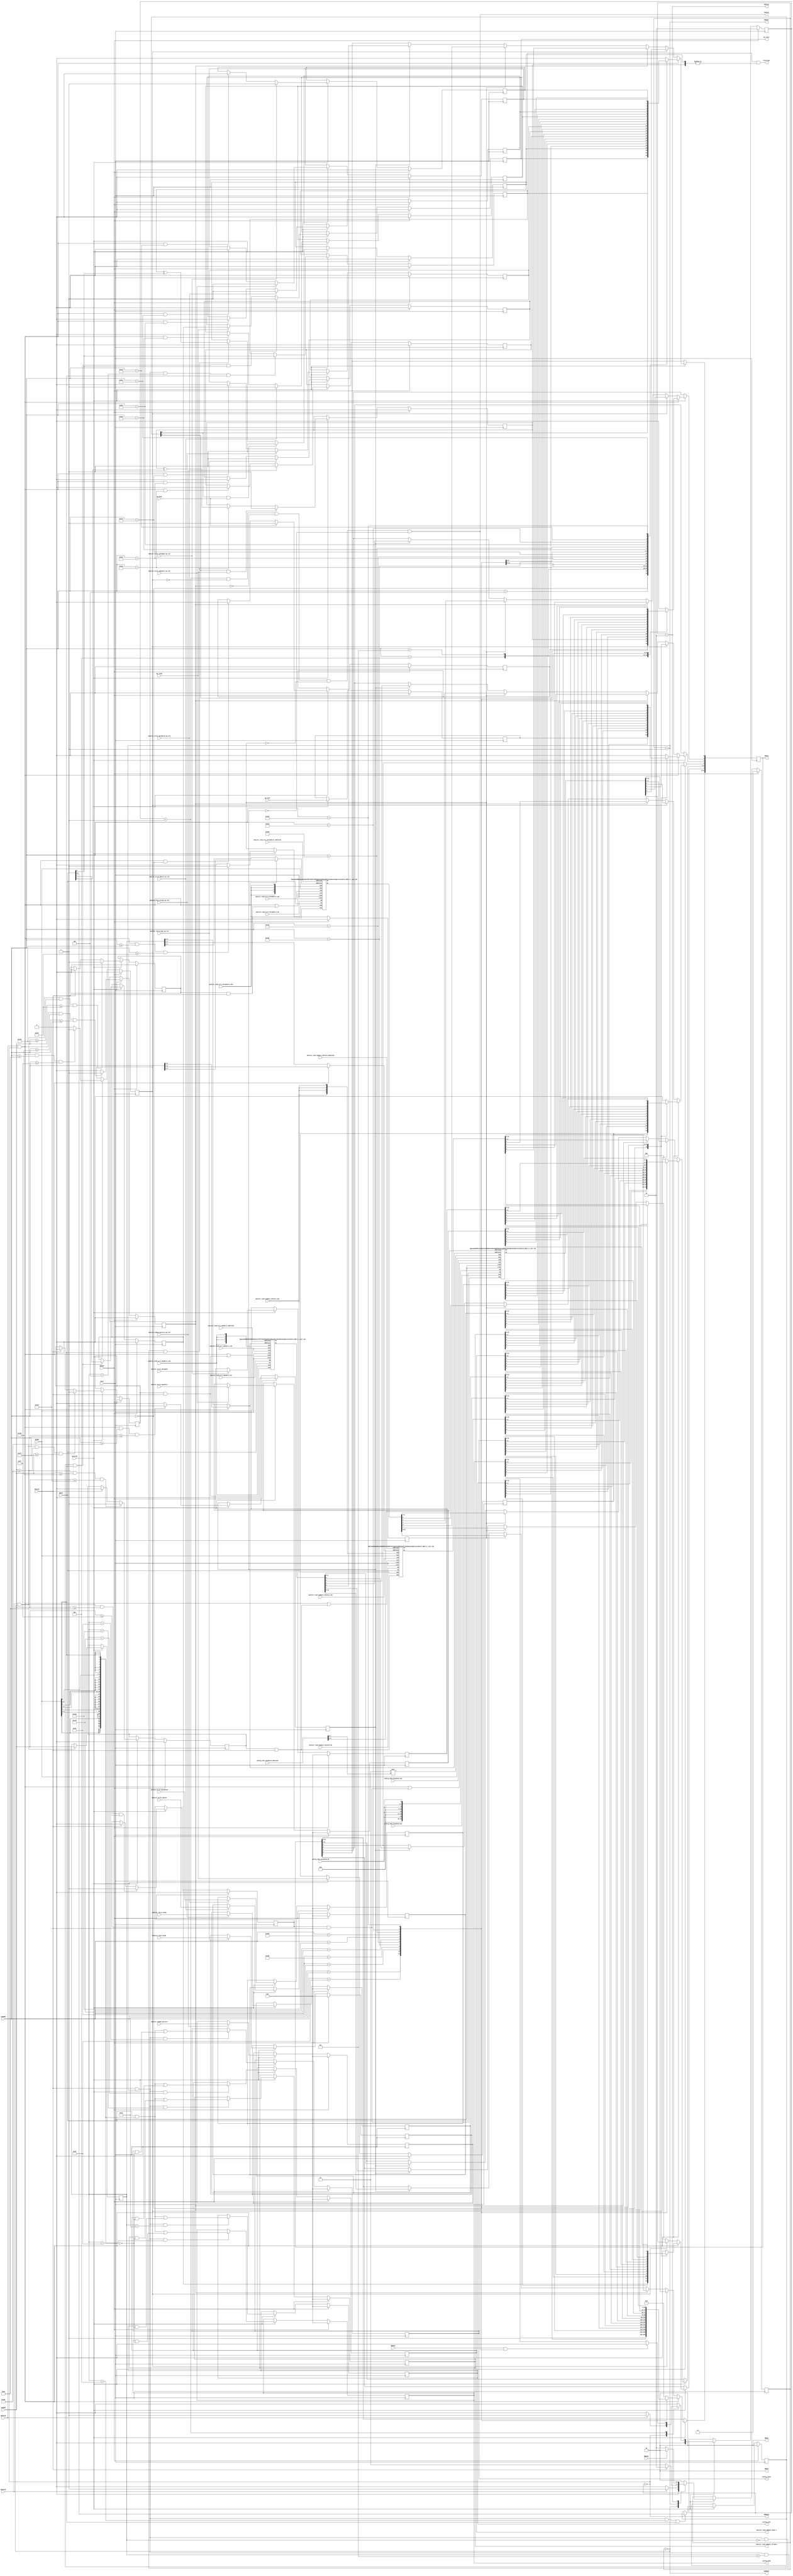
// ==============================================================
// File generated by Vivado(TM) HLS - High-Level Synthesis from C, C++ and SystemC
// Version: 2018.1
// Copyright (C) 1986-2018 Xilinx, Inc. All Rights Reserved.
// 
// ==============================================================

`timescale 1ns/1ps
module DuneDataCompressionCore_BUS_A_s_axi
#(parameter
    C_S_AXI_ADDR_WIDTH = 10,
    C_S_AXI_DATA_WIDTH = 32
)(
    // axi4 lite slave signals
    input  wire                          ACLK,
    input  wire                          ARESET,
    input  wire                          ACLK_EN,
    input  wire [C_S_AXI_ADDR_WIDTH-1:0] AWADDR,
    input  wire                          AWVALID,
    output wire                          AWREADY,
    input  wire [C_S_AXI_DATA_WIDTH-1:0] WDATA,
    input  wire [C_S_AXI_DATA_WIDTH/8-1:0] WSTRB,
    input  wire                          WVALID,
    output wire                          WREADY,
    output wire [1:0]                    BRESP,
    output wire                          BVALID,
    input  wire                          BREADY,
    input  wire [C_S_AXI_ADDR_WIDTH-1:0] ARADDR,
    input  wire                          ARVALID,
    output wire                          ARREADY,
    output wire [C_S_AXI_DATA_WIDTH-1:0] RDATA,
    output wire [1:0]                    RRESP,
    output wire                          RVALID,
    input  wire                          RREADY,
    output wire                          interrupt,
    // user signals
    output wire                          ap_start,
    input  wire                          ap_done,
    input  wire                          ap_ready,
    input  wire                          ap_idle,
    output wire [31:0]                   config_init,
    output wire [31:0]                   config_mode,
    output wire [31:0]                   config_limit,
    input  wire [6:0]                    config_chns_disabled_address0,
    input  wire                          config_chns_disabled_ce0,
    input  wire                          config_chns_disabled_we0,
    input  wire [0:0]                    config_chns_disabled_d0,
    input  wire [31:0]                   monitor_common_pattern,
    input  wire                          monitor_common_pattern_ap_vld,
    input  wire [31:0]                   monitor_cfg_m_mode,
    input  wire                          monitor_cfg_m_mode_ap_vld,
    input  wire [31:0]                   monitor_cfg_m_ncfgs,
    input  wire                          monitor_cfg_m_ncfgs_ap_vld,
    output wire [31:0]                   monitor_read_summary_mask_V,
    output wire [31:0]                   monitor_read_summary_nframes,
    input  wire [1:0]                    monitor_read_summary_nStates_address0,
    input  wire                          monitor_read_summary_nStates_ce0,
    input  wire                          monitor_read_summary_nStates_we0,
    input  wire [31:0]                   monitor_read_summary_nStates_d0,
    input  wire [2:0]                    monitor_read_errs_nFrameErrs_address0,
    input  wire                          monitor_read_errs_nFrameErrs_ce0,
    input  wire                          monitor_read_errs_nFrameErrs_we0,
    input  wire [31:0]                   monitor_read_errs_nFrameErrs_d0,
    input  wire [4:0]                    monitor_read_errs_nWibErrs_address0,
    input  wire                          monitor_read_errs_nWibErrs_ce0,
    input  wire                          monitor_read_errs_nWibErrs_we0,
    input  wire [31:0]                   monitor_read_errs_nWibErrs_d0,
    input  wire [31:0]                   monitor_write_nbytes,
    input  wire                          monitor_write_nbytes_ap_vld,
    input  wire [31:0]                   monitor_write_npromoted,
    input  wire                          monitor_write_npromoted_ap_vld,
    input  wire [31:0]                   monitor_write_ndropped,
    input  wire                          monitor_write_ndropped_ap_vld,
    input  wire [31:0]                   monitor_write_npackets,
    input  wire                          monitor_write_npackets_ap_vld
);
//------------------------Address Info-------------------
// 0x000 : Control signals
//         bit 0  - ap_start (Read/Write/COH)
//         bit 1  - ap_done (Read/COR)
//         bit 2  - ap_idle (Read)
//         bit 3  - ap_ready (Read)
//         bit 7  - auto_restart (Read/Write)
//         others - reserved
// 0x004 : Global Interrupt Enable Register
//         bit 0  - Global Interrupt Enable (Read/Write)
//         others - reserved
// 0x008 : IP Interrupt Enable Register (Read/Write)
//         bit 0  - Channel 0 (ap_done)
//         bit 1  - Channel 1 (ap_ready)
//         others - reserved
// 0x00c : IP Interrupt Status Register (Read/TOW)
//         bit 0  - Channel 0 (ap_done)
//         bit 1  - Channel 1 (ap_ready)
//         others - reserved
// 0x010 : Data signal of config_init
//         bit 31~0 - config_init[31:0] (Read/Write)
// 0x014 : reserved
// 0x018 : Data signal of config_mode
//         bit 31~0 - config_mode[31:0] (Read/Write)
// 0x01c : reserved
// 0x020 : Data signal of config_limit
//         bit 31~0 - config_limit[31:0] (Read/Write)
// 0x024 : reserved
// 0x100 : Data signal of monitor_common_pattern
//         bit 31~0 - monitor_common_pattern[31:0] (Read)
// 0x104 : Control signal of monitor_common_pattern
//         bit 0  - monitor_common_pattern_ap_vld (Read/COR)
//         others - reserved
// 0x108 : Data signal of monitor_cfg_m_mode
//         bit 31~0 - monitor_cfg_m_mode[31:0] (Read)
// 0x10c : Control signal of monitor_cfg_m_mode
//         bit 0  - monitor_cfg_m_mode_ap_vld (Read/COR)
//         others - reserved
// 0x110 : Data signal of monitor_cfg_m_ncfgs
//         bit 31~0 - monitor_cfg_m_ncfgs[31:0] (Read)
// 0x114 : Control signal of monitor_cfg_m_ncfgs
//         bit 0  - monitor_cfg_m_ncfgs_ap_vld (Read/COR)
//         others - reserved
// 0x118 : Data signal of monitor_read_summary_mask_V
//         bit 31~0 - monitor_read_summary_mask_V[31:0] (Read/Write)
// 0x11c : reserved
// 0x120 : Data signal of monitor_read_summary_nframes
//         bit 31~0 - monitor_read_summary_nframes[31:0] (Read/Write)
// 0x124 : reserved
// 0x200 : Data signal of monitor_write_nbytes
//         bit 31~0 - monitor_write_nbytes[31:0] (Read)
// 0x204 : Control signal of monitor_write_nbytes
//         bit 0  - monitor_write_nbytes_ap_vld (Read/COR)
//         others - reserved
// 0x208 : Data signal of monitor_write_npromoted
//         bit 31~0 - monitor_write_npromoted[31:0] (Read)
// 0x20c : Control signal of monitor_write_npromoted
//         bit 0  - monitor_write_npromoted_ap_vld (Read/COR)
//         others - reserved
// 0x210 : Data signal of monitor_write_ndropped
//         bit 31~0 - monitor_write_ndropped[31:0] (Read)
// 0x214 : Control signal of monitor_write_ndropped
//         bit 0  - monitor_write_ndropped_ap_vld (Read/COR)
//         others - reserved
// 0x218 : Data signal of monitor_write_npackets
//         bit 31~0 - monitor_write_npackets[31:0] (Read)
// 0x21c : Control signal of monitor_write_npackets
//         bit 0  - monitor_write_npackets_ap_vld (Read/COR)
//         others - reserved
// 0x080 ~
// 0x0ff : Memory 'config_chns_disabled' (128 * 1b)
//         Word n : bit [ 0: 0] - config_chns_disabled[4n]
//                  bit [ 8: 8] - config_chns_disabled[4n+1]
//                  bit [16:16] - config_chns_disabled[4n+2]
//                  bit [24:24] - config_chns_disabled[4n+3]
//                  others      - reserved
// 0x130 ~
// 0x13f : Memory 'monitor_read_summary_nStates' (4 * 32b)
//         Word n : bit [31:0] - monitor_read_summary_nStates[n]
// 0x140 ~
// 0x15f : Memory 'monitor_read_errs_nFrameErrs' (5 * 32b)
//         Word n : bit [31:0] - monitor_read_errs_nFrameErrs[n]
// 0x180 ~
// 0x1ff : Memory 'monitor_read_errs_nWibErrs' (24 * 32b)
//         Word n : bit [31:0] - monitor_read_errs_nWibErrs[n]
// (SC = Self Clear, COR = Clear on Read, TOW = Toggle on Write, COH = Clear on Handshake)

//------------------------Parameter----------------------
localparam
    ADDR_AP_CTRL                             = 10'h000,
    ADDR_GIE                                 = 10'h004,
    ADDR_IER                                 = 10'h008,
    ADDR_ISR                                 = 10'h00c,
    ADDR_CONFIG_INIT_DATA_0                  = 10'h010,
    ADDR_CONFIG_INIT_CTRL                    = 10'h014,
    ADDR_CONFIG_MODE_DATA_0                  = 10'h018,
    ADDR_CONFIG_MODE_CTRL                    = 10'h01c,
    ADDR_CONFIG_LIMIT_DATA_0                 = 10'h020,
    ADDR_CONFIG_LIMIT_CTRL                   = 10'h024,
    ADDR_MONITOR_COMMON_PATTERN_DATA_0       = 10'h100,
    ADDR_MONITOR_COMMON_PATTERN_CTRL         = 10'h104,
    ADDR_MONITOR_CFG_M_MODE_DATA_0           = 10'h108,
    ADDR_MONITOR_CFG_M_MODE_CTRL             = 10'h10c,
    ADDR_MONITOR_CFG_M_NCFGS_DATA_0          = 10'h110,
    ADDR_MONITOR_CFG_M_NCFGS_CTRL            = 10'h114,
    ADDR_MONITOR_READ_SUMMARY_MASK_V_DATA_0  = 10'h118,
    ADDR_MONITOR_READ_SUMMARY_MASK_V_CTRL    = 10'h11c,
    ADDR_MONITOR_READ_SUMMARY_NFRAMES_DATA_0 = 10'h120,
    ADDR_MONITOR_READ_SUMMARY_NFRAMES_CTRL   = 10'h124,
    ADDR_MONITOR_WRITE_NBYTES_DATA_0         = 10'h200,
    ADDR_MONITOR_WRITE_NBYTES_CTRL           = 10'h204,
    ADDR_MONITOR_WRITE_NPROMOTED_DATA_0      = 10'h208,
    ADDR_MONITOR_WRITE_NPROMOTED_CTRL        = 10'h20c,
    ADDR_MONITOR_WRITE_NDROPPED_DATA_0       = 10'h210,
    ADDR_MONITOR_WRITE_NDROPPED_CTRL         = 10'h214,
    ADDR_MONITOR_WRITE_NPACKETS_DATA_0       = 10'h218,
    ADDR_MONITOR_WRITE_NPACKETS_CTRL         = 10'h21c,
    ADDR_CONFIG_CHNS_DISABLED_BASE           = 10'h080,
    ADDR_CONFIG_CHNS_DISABLED_HIGH           = 10'h0ff,
    ADDR_MONITOR_READ_SUMMARY_NSTATES_BASE   = 10'h130,
    ADDR_MONITOR_READ_SUMMARY_NSTATES_HIGH   = 10'h13f,
    ADDR_MONITOR_READ_ERRS_NFRAMEERRS_BASE   = 10'h140,
    ADDR_MONITOR_READ_ERRS_NFRAMEERRS_HIGH   = 10'h15f,
    ADDR_MONITOR_READ_ERRS_NWIBERRS_BASE     = 10'h180,
    ADDR_MONITOR_READ_ERRS_NWIBERRS_HIGH     = 10'h1ff,
    WRIDLE                                   = 2'd0,
    WRDATA                                   = 2'd1,
    WRRESP                                   = 2'd2,
    WRRESET                                  = 2'd3,
    RDIDLE                                   = 2'd0,
    RDDATA                                   = 2'd1,
    RDRESET                                  = 2'd2,
    ADDR_BITS         = 10;

//------------------------Local signal-------------------
    reg  [1:0]                    wstate = WRRESET;
    reg  [1:0]                    wnext;
    reg  [ADDR_BITS-1:0]          waddr;
    wire [31:0]                   wmask;
    wire                          aw_hs;
    wire                          w_hs;
    reg  [1:0]                    rstate = RDRESET;
    reg  [1:0]                    rnext;
    reg  [31:0]                   rdata;
    wire                          ar_hs;
    wire [ADDR_BITS-1:0]          raddr;
    // internal registers
    reg                           int_ap_idle;
    reg                           int_ap_ready;
    reg                           int_ap_done = 1'b0;
    reg                           int_ap_start = 1'b0;
    reg                           int_auto_restart = 1'b0;
    reg                           int_gie = 1'b0;
    reg  [1:0]                    int_ier = 2'b0;
    reg  [1:0]                    int_isr = 2'b0;
    reg  [31:0]                   int_config_init = 'b0;
    reg  [31:0]                   int_config_mode = 'b0;
    reg  [31:0]                   int_config_limit = 'b0;
    reg  [31:0]                   int_monitor_common_pattern = 'b0;
    reg                           int_monitor_common_pattern_ap_vld;
    reg  [31:0]                   int_monitor_cfg_m_mode = 'b0;
    reg                           int_monitor_cfg_m_mode_ap_vld;
    reg  [31:0]                   int_monitor_cfg_m_ncfgs = 'b0;
    reg                           int_monitor_cfg_m_ncfgs_ap_vld;
    reg  [31:0]                   int_monitor_read_summary_mask_V = 'b0;
    reg  [31:0]                   int_monitor_read_summary_nframes = 'b0;
    reg  [31:0]                   int_monitor_write_nbytes = 'b0;
    reg                           int_monitor_write_nbytes_ap_vld;
    reg  [31:0]                   int_monitor_write_npromoted = 'b0;
    reg                           int_monitor_write_npromoted_ap_vld;
    reg  [31:0]                   int_monitor_write_ndropped = 'b0;
    reg                           int_monitor_write_ndropped_ap_vld;
    reg  [31:0]                   int_monitor_write_npackets = 'b0;
    reg                           int_monitor_write_npackets_ap_vld;
    // memory signals
    wire [4:0]                    int_config_chns_disabled_address0;
    wire                          int_config_chns_disabled_ce0;
    wire                          int_config_chns_disabled_we0;
    wire [3:0]                    int_config_chns_disabled_be0;
    wire [31:0]                   int_config_chns_disabled_d0;
    wire [31:0]                   int_config_chns_disabled_q0;
    wire [4:0]                    int_config_chns_disabled_address1;
    wire                          int_config_chns_disabled_ce1;
    wire                          int_config_chns_disabled_we1;
    wire [3:0]                    int_config_chns_disabled_be1;
    wire [31:0]                   int_config_chns_disabled_d1;
    wire [31:0]                   int_config_chns_disabled_q1;
    reg                           int_config_chns_disabled_read;
    reg                           int_config_chns_disabled_write;
    reg  [1:0]                    int_config_chns_disabled_shift;
    wire [1:0]                    int_monitor_read_summary_nStates_address0;
    wire                          int_monitor_read_summary_nStates_ce0;
    wire                          int_monitor_read_summary_nStates_we0;
    wire [3:0]                    int_monitor_read_summary_nStates_be0;
    wire [31:0]                   int_monitor_read_summary_nStates_d0;
    wire [31:0]                   int_monitor_read_summary_nStates_q0;
    wire [1:0]                    int_monitor_read_summary_nStates_address1;
    wire                          int_monitor_read_summary_nStates_ce1;
    wire                          int_monitor_read_summary_nStates_we1;
    wire [3:0]                    int_monitor_read_summary_nStates_be1;
    wire [31:0]                   int_monitor_read_summary_nStates_d1;
    wire [31:0]                   int_monitor_read_summary_nStates_q1;
    reg                           int_monitor_read_summary_nStates_read;
    reg                           int_monitor_read_summary_nStates_write;
    wire [2:0]                    int_monitor_read_errs_nFrameErrs_address0;
    wire                          int_monitor_read_errs_nFrameErrs_ce0;
    wire                          int_monitor_read_errs_nFrameErrs_we0;
    wire [3:0]                    int_monitor_read_errs_nFrameErrs_be0;
    wire [31:0]                   int_monitor_read_errs_nFrameErrs_d0;
    wire [31:0]                   int_monitor_read_errs_nFrameErrs_q0;
    wire [2:0]                    int_monitor_read_errs_nFrameErrs_address1;
    wire                          int_monitor_read_errs_nFrameErrs_ce1;
    wire                          int_monitor_read_errs_nFrameErrs_we1;
    wire [3:0]                    int_monitor_read_errs_nFrameErrs_be1;
    wire [31:0]                   int_monitor_read_errs_nFrameErrs_d1;
    wire [31:0]                   int_monitor_read_errs_nFrameErrs_q1;
    reg                           int_monitor_read_errs_nFrameErrs_read;
    reg                           int_monitor_read_errs_nFrameErrs_write;
    wire [4:0]                    int_monitor_read_errs_nWibErrs_address0;
    wire                          int_monitor_read_errs_nWibErrs_ce0;
    wire                          int_monitor_read_errs_nWibErrs_we0;
    wire [3:0]                    int_monitor_read_errs_nWibErrs_be0;
    wire [31:0]                   int_monitor_read_errs_nWibErrs_d0;
    wire [31:0]                   int_monitor_read_errs_nWibErrs_q0;
    wire [4:0]                    int_monitor_read_errs_nWibErrs_address1;
    wire                          int_monitor_read_errs_nWibErrs_ce1;
    wire                          int_monitor_read_errs_nWibErrs_we1;
    wire [3:0]                    int_monitor_read_errs_nWibErrs_be1;
    wire [31:0]                   int_monitor_read_errs_nWibErrs_d1;
    wire [31:0]                   int_monitor_read_errs_nWibErrs_q1;
    reg                           int_monitor_read_errs_nWibErrs_read;
    reg                           int_monitor_read_errs_nWibErrs_write;

//------------------------Instantiation------------------
// int_config_chns_disabled
DuneDataCompressionCore_BUS_A_s_axi_ram #(
    .BYTES    ( 4 ),
    .DEPTH    ( 32 )
) int_config_chns_disabled (
    .clk0     ( ACLK ),
    .address0 ( int_config_chns_disabled_address0 ),
    .ce0      ( int_config_chns_disabled_ce0 ),
    .we0      ( int_config_chns_disabled_we0 ),
    .be0      ( int_config_chns_disabled_be0 ),
    .d0       ( int_config_chns_disabled_d0 ),
    .q0       ( int_config_chns_disabled_q0 ),
    .clk1     ( ACLK ),
    .address1 ( int_config_chns_disabled_address1 ),
    .ce1      ( int_config_chns_disabled_ce1 ),
    .we1      ( int_config_chns_disabled_we1 ),
    .be1      ( int_config_chns_disabled_be1 ),
    .d1       ( int_config_chns_disabled_d1 ),
    .q1       ( int_config_chns_disabled_q1 )
);
// int_monitor_read_summary_nStates
DuneDataCompressionCore_BUS_A_s_axi_ram #(
    .BYTES    ( 4 ),
    .DEPTH    ( 4 )
) int_monitor_read_summary_nStates (
    .clk0     ( ACLK ),
    .address0 ( int_monitor_read_summary_nStates_address0 ),
    .ce0      ( int_monitor_read_summary_nStates_ce0 ),
    .we0      ( int_monitor_read_summary_nStates_we0 ),
    .be0      ( int_monitor_read_summary_nStates_be0 ),
    .d0       ( int_monitor_read_summary_nStates_d0 ),
    .q0       ( int_monitor_read_summary_nStates_q0 ),
    .clk1     ( ACLK ),
    .address1 ( int_monitor_read_summary_nStates_address1 ),
    .ce1      ( int_monitor_read_summary_nStates_ce1 ),
    .we1      ( int_monitor_read_summary_nStates_we1 ),
    .be1      ( int_monitor_read_summary_nStates_be1 ),
    .d1       ( int_monitor_read_summary_nStates_d1 ),
    .q1       ( int_monitor_read_summary_nStates_q1 )
);
// int_monitor_read_errs_nFrameErrs
DuneDataCompressionCore_BUS_A_s_axi_ram #(
    .BYTES    ( 4 ),
    .DEPTH    ( 5 )
) int_monitor_read_errs_nFrameErrs (
    .clk0     ( ACLK ),
    .address0 ( int_monitor_read_errs_nFrameErrs_address0 ),
    .ce0      ( int_monitor_read_errs_nFrameErrs_ce0 ),
    .we0      ( int_monitor_read_errs_nFrameErrs_we0 ),
    .be0      ( int_monitor_read_errs_nFrameErrs_be0 ),
    .d0       ( int_monitor_read_errs_nFrameErrs_d0 ),
    .q0       ( int_monitor_read_errs_nFrameErrs_q0 ),
    .clk1     ( ACLK ),
    .address1 ( int_monitor_read_errs_nFrameErrs_address1 ),
    .ce1      ( int_monitor_read_errs_nFrameErrs_ce1 ),
    .we1      ( int_monitor_read_errs_nFrameErrs_we1 ),
    .be1      ( int_monitor_read_errs_nFrameErrs_be1 ),
    .d1       ( int_monitor_read_errs_nFrameErrs_d1 ),
    .q1       ( int_monitor_read_errs_nFrameErrs_q1 )
);
// int_monitor_read_errs_nWibErrs
DuneDataCompressionCore_BUS_A_s_axi_ram #(
    .BYTES    ( 4 ),
    .DEPTH    ( 24 )
) int_monitor_read_errs_nWibErrs (
    .clk0     ( ACLK ),
    .address0 ( int_monitor_read_errs_nWibErrs_address0 ),
    .ce0      ( int_monitor_read_errs_nWibErrs_ce0 ),
    .we0      ( int_monitor_read_errs_nWibErrs_we0 ),
    .be0      ( int_monitor_read_errs_nWibErrs_be0 ),
    .d0       ( int_monitor_read_errs_nWibErrs_d0 ),
    .q0       ( int_monitor_read_errs_nWibErrs_q0 ),
    .clk1     ( ACLK ),
    .address1 ( int_monitor_read_errs_nWibErrs_address1 ),
    .ce1      ( int_monitor_read_errs_nWibErrs_ce1 ),
    .we1      ( int_monitor_read_errs_nWibErrs_we1 ),
    .be1      ( int_monitor_read_errs_nWibErrs_be1 ),
    .d1       ( int_monitor_read_errs_nWibErrs_d1 ),
    .q1       ( int_monitor_read_errs_nWibErrs_q1 )
);

//------------------------AXI write fsm------------------
assign AWREADY = (wstate == WRIDLE);
assign WREADY  = (wstate == WRDATA);
assign BRESP   = 2'b00;  // OKAY
assign BVALID  = (wstate == WRRESP);
assign wmask   = { {8{WSTRB[3]}}, {8{WSTRB[2]}}, {8{WSTRB[1]}}, {8{WSTRB[0]}} };
assign aw_hs   = AWVALID & AWREADY;
assign w_hs    = WVALID & WREADY;

// wstate
always @(posedge ACLK) begin
    if (ARESET)
        wstate <= WRRESET;
    else if (ACLK_EN)
        wstate <= wnext;
end

// wnext
always @(*) begin
    case (wstate)
        WRIDLE:
            if (AWVALID)
                wnext = WRDATA;
            else
                wnext = WRIDLE;
        WRDATA:
            if (WVALID)
                wnext = WRRESP;
            else
                wnext = WRDATA;
        WRRESP:
            if (BREADY)
                wnext = WRIDLE;
            else
                wnext = WRRESP;
        default:
            wnext = WRIDLE;
    endcase
end

// waddr
always @(posedge ACLK) begin
    if (ACLK_EN) begin
        if (aw_hs)
            waddr <= AWADDR[ADDR_BITS-1:0];
    end
end

//------------------------AXI read fsm-------------------
assign ARREADY = (rstate == RDIDLE);
assign RDATA   = rdata;
assign RRESP   = 2'b00;  // OKAY
assign RVALID  = (rstate == RDDATA) & !int_config_chns_disabled_read & !int_monitor_read_summary_nStates_read & !int_monitor_read_errs_nFrameErrs_read & !int_monitor_read_errs_nWibErrs_read;
assign ar_hs   = ARVALID & ARREADY;
assign raddr   = ARADDR[ADDR_BITS-1:0];

// rstate
always @(posedge ACLK) begin
    if (ARESET)
        rstate <= RDRESET;
    else if (ACLK_EN)
        rstate <= rnext;
end

// rnext
always @(*) begin
    case (rstate)
        RDIDLE:
            if (ARVALID)
                rnext = RDDATA;
            else
                rnext = RDIDLE;
        RDDATA:
            if (RREADY & RVALID)
                rnext = RDIDLE;
            else
                rnext = RDDATA;
        default:
            rnext = RDIDLE;
    endcase
end

// rdata
always @(posedge ACLK) begin
    if (ACLK_EN) begin
        if (ar_hs) begin
            rdata <= 1'b0;
            case (raddr)
                ADDR_AP_CTRL: begin
                    rdata[0] <= int_ap_start;
                    rdata[1] <= int_ap_done;
                    rdata[2] <= int_ap_idle;
                    rdata[3] <= int_ap_ready;
                    rdata[7] <= int_auto_restart;
                end
                ADDR_GIE: begin
                    rdata <= int_gie;
                end
                ADDR_IER: begin
                    rdata <= int_ier;
                end
                ADDR_ISR: begin
                    rdata <= int_isr;
                end
                ADDR_CONFIG_INIT_DATA_0: begin
                    rdata <= int_config_init[31:0];
                end
                ADDR_CONFIG_MODE_DATA_0: begin
                    rdata <= int_config_mode[31:0];
                end
                ADDR_CONFIG_LIMIT_DATA_0: begin
                    rdata <= int_config_limit[31:0];
                end
                ADDR_MONITOR_COMMON_PATTERN_DATA_0: begin
                    rdata <= int_monitor_common_pattern[31:0];
                end
                ADDR_MONITOR_COMMON_PATTERN_CTRL: begin
                    rdata[0] <= int_monitor_common_pattern_ap_vld;
                end
                ADDR_MONITOR_CFG_M_MODE_DATA_0: begin
                    rdata <= int_monitor_cfg_m_mode[31:0];
                end
                ADDR_MONITOR_CFG_M_MODE_CTRL: begin
                    rdata[0] <= int_monitor_cfg_m_mode_ap_vld;
                end
                ADDR_MONITOR_CFG_M_NCFGS_DATA_0: begin
                    rdata <= int_monitor_cfg_m_ncfgs[31:0];
                end
                ADDR_MONITOR_CFG_M_NCFGS_CTRL: begin
                    rdata[0] <= int_monitor_cfg_m_ncfgs_ap_vld;
                end
                ADDR_MONITOR_READ_SUMMARY_MASK_V_DATA_0: begin
                    rdata <= int_monitor_read_summary_mask_V[31:0];
                end
                ADDR_MONITOR_READ_SUMMARY_NFRAMES_DATA_0: begin
                    rdata <= int_monitor_read_summary_nframes[31:0];
                end
                ADDR_MONITOR_WRITE_NBYTES_DATA_0: begin
                    rdata <= int_monitor_write_nbytes[31:0];
                end
                ADDR_MONITOR_WRITE_NBYTES_CTRL: begin
                    rdata[0] <= int_monitor_write_nbytes_ap_vld;
                end
                ADDR_MONITOR_WRITE_NPROMOTED_DATA_0: begin
                    rdata <= int_monitor_write_npromoted[31:0];
                end
                ADDR_MONITOR_WRITE_NPROMOTED_CTRL: begin
                    rdata[0] <= int_monitor_write_npromoted_ap_vld;
                end
                ADDR_MONITOR_WRITE_NDROPPED_DATA_0: begin
                    rdata <= int_monitor_write_ndropped[31:0];
                end
                ADDR_MONITOR_WRITE_NDROPPED_CTRL: begin
                    rdata[0] <= int_monitor_write_ndropped_ap_vld;
                end
                ADDR_MONITOR_WRITE_NPACKETS_DATA_0: begin
                    rdata <= int_monitor_write_npackets[31:0];
                end
                ADDR_MONITOR_WRITE_NPACKETS_CTRL: begin
                    rdata[0] <= int_monitor_write_npackets_ap_vld;
                end
            endcase
        end
        else if (int_config_chns_disabled_read) begin
            rdata <= int_config_chns_disabled_q1;
        end
        else if (int_monitor_read_summary_nStates_read) begin
            rdata <= int_monitor_read_summary_nStates_q1;
        end
        else if (int_monitor_read_errs_nFrameErrs_read) begin
            rdata <= int_monitor_read_errs_nFrameErrs_q1;
        end
        else if (int_monitor_read_errs_nWibErrs_read) begin
            rdata <= int_monitor_read_errs_nWibErrs_q1;
        end
    end
end


//------------------------Register logic-----------------
assign interrupt                    = int_gie & (|int_isr);
assign ap_start                     = int_ap_start;
assign config_init                  = int_config_init;
assign config_mode                  = int_config_mode;
assign config_limit                 = int_config_limit;
assign monitor_read_summary_mask_V  = int_monitor_read_summary_mask_V;
assign monitor_read_summary_nframes = int_monitor_read_summary_nframes;
// int_ap_start
always @(posedge ACLK) begin
    if (ARESET)
        int_ap_start <= 1'b0;
    else if (ACLK_EN) begin
        if (w_hs && waddr == ADDR_AP_CTRL && WSTRB[0] && WDATA[0])
            int_ap_start <= 1'b1;
        else if (ap_ready)
            int_ap_start <= int_auto_restart; // clear on handshake/auto restart
    end
end

// int_ap_done
always @(posedge ACLK) begin
    if (ARESET)
        int_ap_done <= 1'b0;
    else if (ACLK_EN) begin
        if (ap_done)
            int_ap_done <= 1'b1;
        else if (ar_hs && raddr == ADDR_AP_CTRL)
            int_ap_done <= 1'b0; // clear on read
    end
end

// int_ap_idle
always @(posedge ACLK) begin
    if (ARESET)
        int_ap_idle <= 1'b0;
    else if (ACLK_EN) begin
            int_ap_idle <= ap_idle;
    end
end

// int_ap_ready
always @(posedge ACLK) begin
    if (ARESET)
        int_ap_ready <= 1'b0;
    else if (ACLK_EN) begin
            int_ap_ready <= ap_ready;
    end
end

// int_auto_restart
always @(posedge ACLK) begin
    if (ARESET)
        int_auto_restart <= 1'b0;
    else if (ACLK_EN) begin
        if (w_hs && waddr == ADDR_AP_CTRL && WSTRB[0])
            int_auto_restart <=  WDATA[7];
    end
end

// int_gie
always @(posedge ACLK) begin
    if (ARESET)
        int_gie <= 1'b0;
    else if (ACLK_EN) begin
        if (w_hs && waddr == ADDR_GIE && WSTRB[0])
            int_gie <= WDATA[0];
    end
end

// int_ier
always @(posedge ACLK) begin
    if (ARESET)
        int_ier <= 1'b0;
    else if (ACLK_EN) begin
        if (w_hs && waddr == ADDR_IER && WSTRB[0])
            int_ier <= WDATA[1:0];
    end
end

// int_isr[0]
always @(posedge ACLK) begin
    if (ARESET)
        int_isr[0] <= 1'b0;
    else if (ACLK_EN) begin
        if (int_ier[0] & ap_done)
            int_isr[0] <= 1'b1;
        else if (w_hs && waddr == ADDR_ISR && WSTRB[0])
            int_isr[0] <= int_isr[0] ^ WDATA[0]; // toggle on write
    end
end

// int_isr[1]
always @(posedge ACLK) begin
    if (ARESET)
        int_isr[1] <= 1'b0;
    else if (ACLK_EN) begin
        if (int_ier[1] & ap_ready)
            int_isr[1] <= 1'b1;
        else if (w_hs && waddr == ADDR_ISR && WSTRB[0])
            int_isr[1] <= int_isr[1] ^ WDATA[1]; // toggle on write
    end
end

// int_config_init[31:0]
always @(posedge ACLK) begin
    if (ARESET)
        int_config_init[31:0] <= 0;
    else if (ACLK_EN) begin
        if (w_hs && waddr == ADDR_CONFIG_INIT_DATA_0)
            int_config_init[31:0] <= (WDATA[31:0] & wmask) | (int_config_init[31:0] & ~wmask);
    end
end

// int_config_mode[31:0]
always @(posedge ACLK) begin
    if (ARESET)
        int_config_mode[31:0] <= 0;
    else if (ACLK_EN) begin
        if (w_hs && waddr == ADDR_CONFIG_MODE_DATA_0)
            int_config_mode[31:0] <= (WDATA[31:0] & wmask) | (int_config_mode[31:0] & ~wmask);
    end
end

// int_config_limit[31:0]
always @(posedge ACLK) begin
    if (ARESET)
        int_config_limit[31:0] <= 0;
    else if (ACLK_EN) begin
        if (w_hs && waddr == ADDR_CONFIG_LIMIT_DATA_0)
            int_config_limit[31:0] <= (WDATA[31:0] & wmask) | (int_config_limit[31:0] & ~wmask);
    end
end

// int_monitor_common_pattern
always @(posedge ACLK) begin
    if (ARESET)
        int_monitor_common_pattern <= 0;
    else if (ACLK_EN) begin
        if (monitor_common_pattern_ap_vld)
            int_monitor_common_pattern <= monitor_common_pattern;
    end
end

// int_monitor_common_pattern_ap_vld
always @(posedge ACLK) begin
    if (ARESET)
        int_monitor_common_pattern_ap_vld <= 1'b0;
    else if (ACLK_EN) begin
        if (monitor_common_pattern_ap_vld)
            int_monitor_common_pattern_ap_vld <= 1'b1;
        else if (ar_hs && raddr == ADDR_MONITOR_COMMON_PATTERN_CTRL)
            int_monitor_common_pattern_ap_vld <= 1'b0; // clear on read
    end
end

// int_monitor_cfg_m_mode
always @(posedge ACLK) begin
    if (ARESET)
        int_monitor_cfg_m_mode <= 0;
    else if (ACLK_EN) begin
        if (monitor_cfg_m_mode_ap_vld)
            int_monitor_cfg_m_mode <= monitor_cfg_m_mode;
    end
end

// int_monitor_cfg_m_mode_ap_vld
always @(posedge ACLK) begin
    if (ARESET)
        int_monitor_cfg_m_mode_ap_vld <= 1'b0;
    else if (ACLK_EN) begin
        if (monitor_cfg_m_mode_ap_vld)
            int_monitor_cfg_m_mode_ap_vld <= 1'b1;
        else if (ar_hs && raddr == ADDR_MONITOR_CFG_M_MODE_CTRL)
            int_monitor_cfg_m_mode_ap_vld <= 1'b0; // clear on read
    end
end

// int_monitor_cfg_m_ncfgs
always @(posedge ACLK) begin
    if (ARESET)
        int_monitor_cfg_m_ncfgs <= 0;
    else if (ACLK_EN) begin
        if (monitor_cfg_m_ncfgs_ap_vld)
            int_monitor_cfg_m_ncfgs <= monitor_cfg_m_ncfgs;
    end
end

// int_monitor_cfg_m_ncfgs_ap_vld
always @(posedge ACLK) begin
    if (ARESET)
        int_monitor_cfg_m_ncfgs_ap_vld <= 1'b0;
    else if (ACLK_EN) begin
        if (monitor_cfg_m_ncfgs_ap_vld)
            int_monitor_cfg_m_ncfgs_ap_vld <= 1'b1;
        else if (ar_hs && raddr == ADDR_MONITOR_CFG_M_NCFGS_CTRL)
            int_monitor_cfg_m_ncfgs_ap_vld <= 1'b0; // clear on read
    end
end

// int_monitor_read_summary_mask_V[31:0]
always @(posedge ACLK) begin
    if (ARESET)
        int_monitor_read_summary_mask_V[31:0] <= 0;
    else if (ACLK_EN) begin
        if (w_hs && waddr == ADDR_MONITOR_READ_SUMMARY_MASK_V_DATA_0)
            int_monitor_read_summary_mask_V[31:0] <= (WDATA[31:0] & wmask) | (int_monitor_read_summary_mask_V[31:0] & ~wmask);
    end
end

// int_monitor_read_summary_nframes[31:0]
always @(posedge ACLK) begin
    if (ARESET)
        int_monitor_read_summary_nframes[31:0] <= 0;
    else if (ACLK_EN) begin
        if (w_hs && waddr == ADDR_MONITOR_READ_SUMMARY_NFRAMES_DATA_0)
            int_monitor_read_summary_nframes[31:0] <= (WDATA[31:0] & wmask) | (int_monitor_read_summary_nframes[31:0] & ~wmask);
    end
end

// int_monitor_write_nbytes
always @(posedge ACLK) begin
    if (ARESET)
        int_monitor_write_nbytes <= 0;
    else if (ACLK_EN) begin
        if (monitor_write_nbytes_ap_vld)
            int_monitor_write_nbytes <= monitor_write_nbytes;
    end
end

// int_monitor_write_nbytes_ap_vld
always @(posedge ACLK) begin
    if (ARESET)
        int_monitor_write_nbytes_ap_vld <= 1'b0;
    else if (ACLK_EN) begin
        if (monitor_write_nbytes_ap_vld)
            int_monitor_write_nbytes_ap_vld <= 1'b1;
        else if (ar_hs && raddr == ADDR_MONITOR_WRITE_NBYTES_CTRL)
            int_monitor_write_nbytes_ap_vld <= 1'b0; // clear on read
    end
end

// int_monitor_write_npromoted
always @(posedge ACLK) begin
    if (ARESET)
        int_monitor_write_npromoted <= 0;
    else if (ACLK_EN) begin
        if (monitor_write_npromoted_ap_vld)
            int_monitor_write_npromoted <= monitor_write_npromoted;
    end
end

// int_monitor_write_npromoted_ap_vld
always @(posedge ACLK) begin
    if (ARESET)
        int_monitor_write_npromoted_ap_vld <= 1'b0;
    else if (ACLK_EN) begin
        if (monitor_write_npromoted_ap_vld)
            int_monitor_write_npromoted_ap_vld <= 1'b1;
        else if (ar_hs && raddr == ADDR_MONITOR_WRITE_NPROMOTED_CTRL)
            int_monitor_write_npromoted_ap_vld <= 1'b0; // clear on read
    end
end

// int_monitor_write_ndropped
always @(posedge ACLK) begin
    if (ARESET)
        int_monitor_write_ndropped <= 0;
    else if (ACLK_EN) begin
        if (monitor_write_ndropped_ap_vld)
            int_monitor_write_ndropped <= monitor_write_ndropped;
    end
end

// int_monitor_write_ndropped_ap_vld
always @(posedge ACLK) begin
    if (ARESET)
        int_monitor_write_ndropped_ap_vld <= 1'b0;
    else if (ACLK_EN) begin
        if (monitor_write_ndropped_ap_vld)
            int_monitor_write_ndropped_ap_vld <= 1'b1;
        else if (ar_hs && raddr == ADDR_MONITOR_WRITE_NDROPPED_CTRL)
            int_monitor_write_ndropped_ap_vld <= 1'b0; // clear on read
    end
end

// int_monitor_write_npackets
always @(posedge ACLK) begin
    if (ARESET)
        int_monitor_write_npackets <= 0;
    else if (ACLK_EN) begin
        if (monitor_write_npackets_ap_vld)
            int_monitor_write_npackets <= monitor_write_npackets;
    end
end

// int_monitor_write_npackets_ap_vld
always @(posedge ACLK) begin
    if (ARESET)
        int_monitor_write_npackets_ap_vld <= 1'b0;
    else if (ACLK_EN) begin
        if (monitor_write_npackets_ap_vld)
            int_monitor_write_npackets_ap_vld <= 1'b1;
        else if (ar_hs && raddr == ADDR_MONITOR_WRITE_NPACKETS_CTRL)
            int_monitor_write_npackets_ap_vld <= 1'b0; // clear on read
    end
end


//------------------------Memory logic-------------------
// config_chns_disabled
assign int_config_chns_disabled_address0         = config_chns_disabled_address0 >> 2;
assign int_config_chns_disabled_ce0              = config_chns_disabled_ce0;
assign int_config_chns_disabled_we0              = config_chns_disabled_we0;
assign int_config_chns_disabled_be0              = 1 << config_chns_disabled_address0[1:0];
assign int_config_chns_disabled_d0               = {4{7'd0, config_chns_disabled_d0}};
assign int_config_chns_disabled_address1         = ar_hs? raddr[6:2] : waddr[6:2];
assign int_config_chns_disabled_ce1              = ar_hs | (int_config_chns_disabled_write & WVALID);
assign int_config_chns_disabled_we1              = int_config_chns_disabled_write & WVALID;
assign int_config_chns_disabled_be1              = WSTRB;
assign int_config_chns_disabled_d1               = WDATA;
// monitor_read_summary_nStates
assign int_monitor_read_summary_nStates_address0 = monitor_read_summary_nStates_address0;
assign int_monitor_read_summary_nStates_ce0      = monitor_read_summary_nStates_ce0;
assign int_monitor_read_summary_nStates_we0      = monitor_read_summary_nStates_we0;
assign int_monitor_read_summary_nStates_be0      = {4{monitor_read_summary_nStates_we0}};
assign int_monitor_read_summary_nStates_d0       = monitor_read_summary_nStates_d0;
assign int_monitor_read_summary_nStates_address1 = ar_hs? raddr[3:2] : waddr[3:2];
assign int_monitor_read_summary_nStates_ce1      = ar_hs | (int_monitor_read_summary_nStates_write & WVALID);
assign int_monitor_read_summary_nStates_we1      = int_monitor_read_summary_nStates_write & WVALID;
assign int_monitor_read_summary_nStates_be1      = WSTRB;
assign int_monitor_read_summary_nStates_d1       = WDATA;
// monitor_read_errs_nFrameErrs
assign int_monitor_read_errs_nFrameErrs_address0 = monitor_read_errs_nFrameErrs_address0;
assign int_monitor_read_errs_nFrameErrs_ce0      = monitor_read_errs_nFrameErrs_ce0;
assign int_monitor_read_errs_nFrameErrs_we0      = monitor_read_errs_nFrameErrs_we0;
assign int_monitor_read_errs_nFrameErrs_be0      = {4{monitor_read_errs_nFrameErrs_we0}};
assign int_monitor_read_errs_nFrameErrs_d0       = monitor_read_errs_nFrameErrs_d0;
assign int_monitor_read_errs_nFrameErrs_address1 = ar_hs? raddr[4:2] : waddr[4:2];
assign int_monitor_read_errs_nFrameErrs_ce1      = ar_hs | (int_monitor_read_errs_nFrameErrs_write & WVALID);
assign int_monitor_read_errs_nFrameErrs_we1      = int_monitor_read_errs_nFrameErrs_write & WVALID;
assign int_monitor_read_errs_nFrameErrs_be1      = WSTRB;
assign int_monitor_read_errs_nFrameErrs_d1       = WDATA;
// monitor_read_errs_nWibErrs
assign int_monitor_read_errs_nWibErrs_address0   = monitor_read_errs_nWibErrs_address0;
assign int_monitor_read_errs_nWibErrs_ce0        = monitor_read_errs_nWibErrs_ce0;
assign int_monitor_read_errs_nWibErrs_we0        = monitor_read_errs_nWibErrs_we0;
assign int_monitor_read_errs_nWibErrs_be0        = {4{monitor_read_errs_nWibErrs_we0}};
assign int_monitor_read_errs_nWibErrs_d0         = monitor_read_errs_nWibErrs_d0;
assign int_monitor_read_errs_nWibErrs_address1   = ar_hs? raddr[6:2] : waddr[6:2];
assign int_monitor_read_errs_nWibErrs_ce1        = ar_hs | (int_monitor_read_errs_nWibErrs_write & WVALID);
assign int_monitor_read_errs_nWibErrs_we1        = int_monitor_read_errs_nWibErrs_write & WVALID;
assign int_monitor_read_errs_nWibErrs_be1        = WSTRB;
assign int_monitor_read_errs_nWibErrs_d1         = WDATA;
// int_config_chns_disabled_read
always @(posedge ACLK) begin
    if (ARESET)
        int_config_chns_disabled_read <= 1'b0;
    else if (ACLK_EN) begin
        if (ar_hs && raddr >= ADDR_CONFIG_CHNS_DISABLED_BASE && raddr <= ADDR_CONFIG_CHNS_DISABLED_HIGH)
            int_config_chns_disabled_read <= 1'b1;
        else
            int_config_chns_disabled_read <= 1'b0;
    end
end

// int_config_chns_disabled_write
always @(posedge ACLK) begin
    if (ARESET)
        int_config_chns_disabled_write <= 1'b0;
    else if (ACLK_EN) begin
        if (aw_hs && AWADDR[ADDR_BITS-1:0] >= ADDR_CONFIG_CHNS_DISABLED_BASE && AWADDR[ADDR_BITS-1:0] <= ADDR_CONFIG_CHNS_DISABLED_HIGH)
            int_config_chns_disabled_write <= 1'b1;
        else if (WVALID)
            int_config_chns_disabled_write <= 1'b0;
    end
end

// int_config_chns_disabled_shift
always @(posedge ACLK) begin
    if (ACLK_EN) begin
        if (config_chns_disabled_ce0)
            int_config_chns_disabled_shift <= config_chns_disabled_address0[1:0];
    end
end

// int_monitor_read_summary_nStates_read
always @(posedge ACLK) begin
    if (ARESET)
        int_monitor_read_summary_nStates_read <= 1'b0;
    else if (ACLK_EN) begin
        if (ar_hs && raddr >= ADDR_MONITOR_READ_SUMMARY_NSTATES_BASE && raddr <= ADDR_MONITOR_READ_SUMMARY_NSTATES_HIGH)
            int_monitor_read_summary_nStates_read <= 1'b1;
        else
            int_monitor_read_summary_nStates_read <= 1'b0;
    end
end

// int_monitor_read_summary_nStates_write
always @(posedge ACLK) begin
    if (ARESET)
        int_monitor_read_summary_nStates_write <= 1'b0;
    else if (ACLK_EN) begin
        if (aw_hs && AWADDR[ADDR_BITS-1:0] >= ADDR_MONITOR_READ_SUMMARY_NSTATES_BASE && AWADDR[ADDR_BITS-1:0] <= ADDR_MONITOR_READ_SUMMARY_NSTATES_HIGH)
            int_monitor_read_summary_nStates_write <= 1'b1;
        else if (WVALID)
            int_monitor_read_summary_nStates_write <= 1'b0;
    end
end

// int_monitor_read_errs_nFrameErrs_read
always @(posedge ACLK) begin
    if (ARESET)
        int_monitor_read_errs_nFrameErrs_read <= 1'b0;
    else if (ACLK_EN) begin
        if (ar_hs && raddr >= ADDR_MONITOR_READ_ERRS_NFRAMEERRS_BASE && raddr <= ADDR_MONITOR_READ_ERRS_NFRAMEERRS_HIGH)
            int_monitor_read_errs_nFrameErrs_read <= 1'b1;
        else
            int_monitor_read_errs_nFrameErrs_read <= 1'b0;
    end
end

// int_monitor_read_errs_nFrameErrs_write
always @(posedge ACLK) begin
    if (ARESET)
        int_monitor_read_errs_nFrameErrs_write <= 1'b0;
    else if (ACLK_EN) begin
        if (aw_hs && AWADDR[ADDR_BITS-1:0] >= ADDR_MONITOR_READ_ERRS_NFRAMEERRS_BASE && AWADDR[ADDR_BITS-1:0] <= ADDR_MONITOR_READ_ERRS_NFRAMEERRS_HIGH)
            int_monitor_read_errs_nFrameErrs_write <= 1'b1;
        else if (WVALID)
            int_monitor_read_errs_nFrameErrs_write <= 1'b0;
    end
end

// int_monitor_read_errs_nWibErrs_read
always @(posedge ACLK) begin
    if (ARESET)
        int_monitor_read_errs_nWibErrs_read <= 1'b0;
    else if (ACLK_EN) begin
        if (ar_hs && raddr >= ADDR_MONITOR_READ_ERRS_NWIBERRS_BASE && raddr <= ADDR_MONITOR_READ_ERRS_NWIBERRS_HIGH)
            int_monitor_read_errs_nWibErrs_read <= 1'b1;
        else
            int_monitor_read_errs_nWibErrs_read <= 1'b0;
    end
end

// int_monitor_read_errs_nWibErrs_write
always @(posedge ACLK) begin
    if (ARESET)
        int_monitor_read_errs_nWibErrs_write <= 1'b0;
    else if (ACLK_EN) begin
        if (aw_hs && AWADDR[ADDR_BITS-1:0] >= ADDR_MONITOR_READ_ERRS_NWIBERRS_BASE && AWADDR[ADDR_BITS-1:0] <= ADDR_MONITOR_READ_ERRS_NWIBERRS_HIGH)
            int_monitor_read_errs_nWibErrs_write <= 1'b1;
        else if (WVALID)
            int_monitor_read_errs_nWibErrs_write <= 1'b0;
    end
end


endmodule


`timescale 1ns/1ps

module DuneDataCompressionCore_BUS_A_s_axi_ram
#(parameter
    BYTES  = 4,
    DEPTH  = 256,
    AWIDTH = log2(DEPTH)
) (
    input  wire               clk0,
    input  wire [AWIDTH-1:0]  address0,
    input  wire               ce0,
    input  wire               we0,
    input  wire [BYTES-1:0]   be0,
    input  wire [BYTES*8-1:0] d0,
    output reg  [BYTES*8-1:0] q0,
    input  wire               clk1,
    input  wire [AWIDTH-1:0]  address1,
    input  wire               ce1,
    input  wire               we1,
    input  wire [BYTES-1:0]   be1,
    input  wire [BYTES*8-1:0] d1,
    output reg  [BYTES*8-1:0] q1
);
//------------------------Local signal-------------------
reg  [BYTES*8-1:0] mem[0:DEPTH-1];
//------------------------Task and function--------------
function integer log2;
    input integer x;
    integer n, m;
begin
    n = 1;
    m = 2;
    while (m < x) begin
        n = n + 1;
        m = m * 2;
    end
    log2 = n;
end
endfunction
//------------------------Body---------------------------
// read port 0
always @(posedge clk0) begin
    if (ce0) q0 <= mem[address0];
end

// read port 1
always @(posedge clk1) begin
    if (ce1) q1 <= mem[address1];
end

genvar i;
generate
    for (i = 0; i < BYTES; i = i + 1) begin : gen_write
        // write port 0
        always @(posedge clk0) begin
            if (ce0 & we0 & be0[i]) begin
                mem[address0][8*i+7:8*i] <= d0[8*i+7:8*i];
            end
        end
        // write port 1
        always @(posedge clk1) begin
            if (ce1 & we1 & be1[i]) begin
                mem[address1][8*i+7:8*i] <= d1[8*i+7:8*i];
            end
        end
    end
endgenerate

endmodule